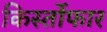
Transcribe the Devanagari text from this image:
किर्स्तोफार